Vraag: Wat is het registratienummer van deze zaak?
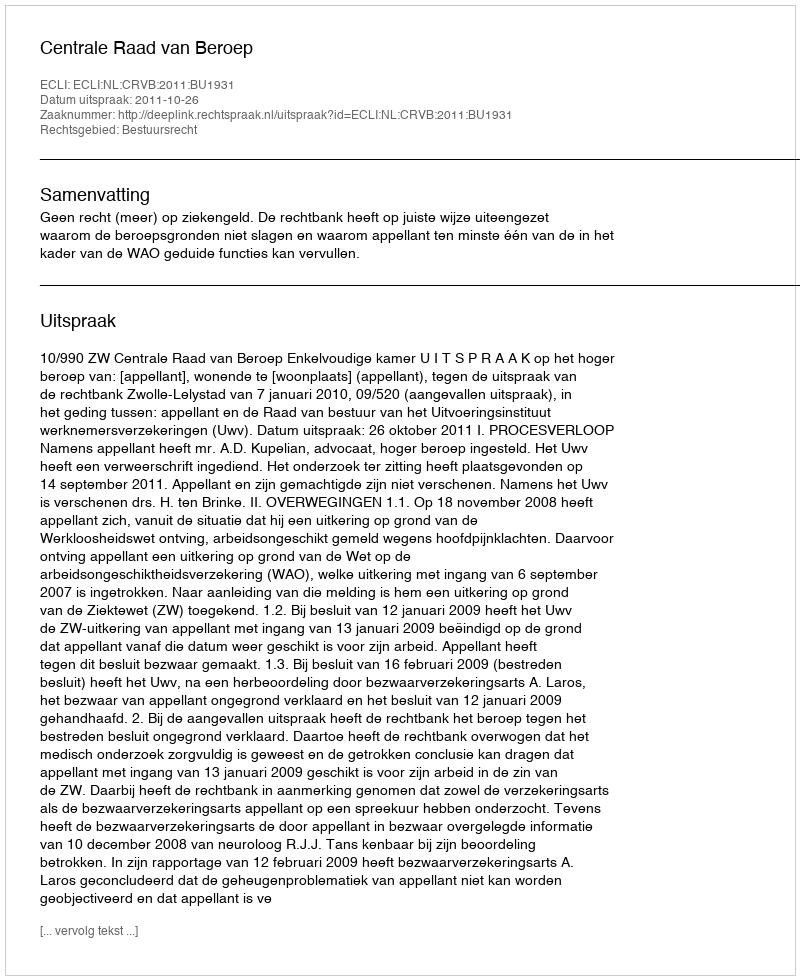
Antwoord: http://deeplink.rechtspraak.nl/uitspraak?id=ECLI:NL:CRVB:2011:BU1931